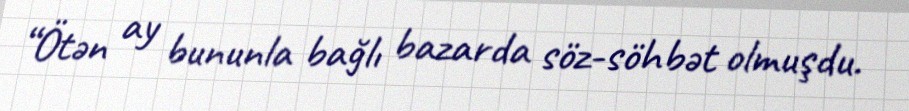
“Ötən ay bununla bağlı bazarda söz-söhbət olmuşdu.